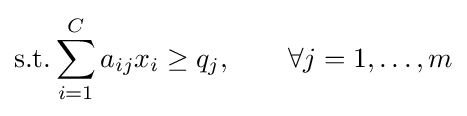
{\text{s.t.}}\sum _{i=1}^{C}a_{ij}x_{i}\geq q_{j},\quad \quad \forall j=1,\dots ,m